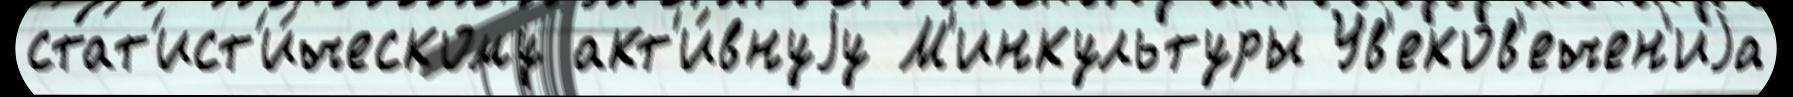
стат'ист'и́ческому акт'и́внуjу М'инкультуры Ув'еков'ечен'иjа